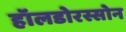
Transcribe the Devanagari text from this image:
हॉलडोरस्सोन